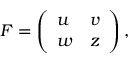
F = \left( \begin{array} { l l } { u } & { v } \\ { w } & { z } \end{array} \right) ,